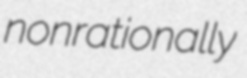
nonrationally